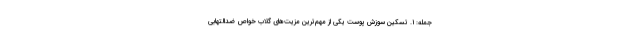
جمله: ۱. تسکین سوزش پوست یکی از مهم‌ترین مزیت‌های گلاب خواص ضدالتهابی